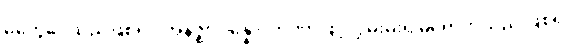
မတွေဝေသည်ဖြစ်၍။ အနဇ္ဈာပန္နော၊ တဏှာဖြင့်လွှမ်းမိုး၍မရောက်သည် ဖြစ်၍။